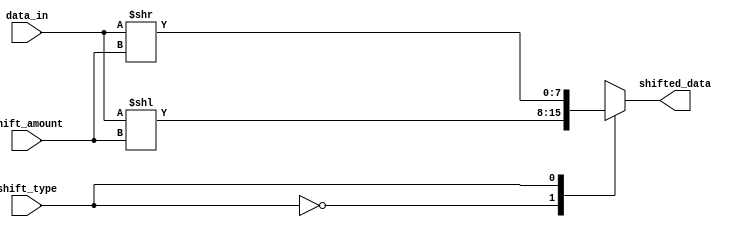
module barrel_shifter (
    input [7:0] data_in,
    input [3:0] shift_amount,
    input shift_type,
    output reg [7:0] shifted_data
);

always @ (*) begin
    case (shift_type)
        2'b00: shifted_data = data_in << shift_amount; // Logical left shift
        2'b01: shifted_data = data_in >> shift_amount; // Logical right shift
        2'b10: shifted_data = $signed(data_in) <<< shift_amount; // Arithmetic left shift
        2'b11: shifted_data = $signed(data_in) >>> shift_amount; // Arithmetic right shift
    endcase
end

endmodule